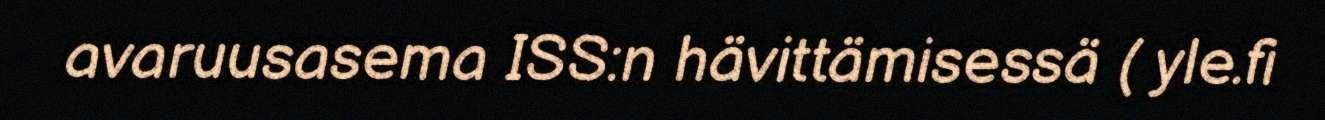
avaruusasema ISS:n hävittämisessä ( yle.fi